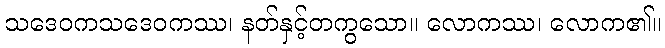
သဒေဝကသဒေဝကဿ၊ နတ်နှင့်တကွသော။ လောကဿ၊ လောက၏။